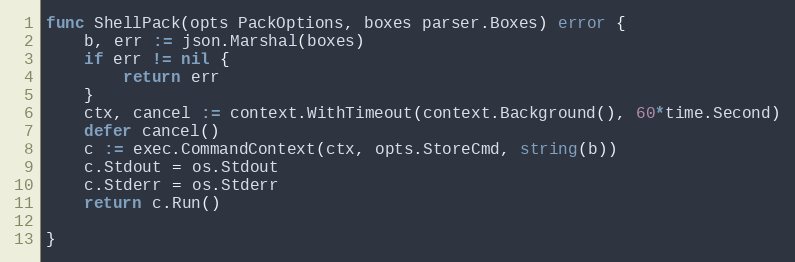
Language: Go
func ShellPack(opts PackOptions, boxes parser.Boxes) error {
	b, err := json.Marshal(boxes)
	if err != nil {
		return err
	}
	ctx, cancel := context.WithTimeout(context.Background(), 60*time.Second)
	defer cancel()
	c := exec.CommandContext(ctx, opts.StoreCmd, string(b))
	c.Stdout = os.Stdout
	c.Stderr = os.Stderr
	return c.Run()

}